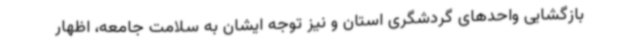
بازگشایی واحدهای گردشگری استان و نیز توجه ایشان به سلامت جامعه، اظهار